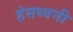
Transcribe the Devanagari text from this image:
हंसध्वनी